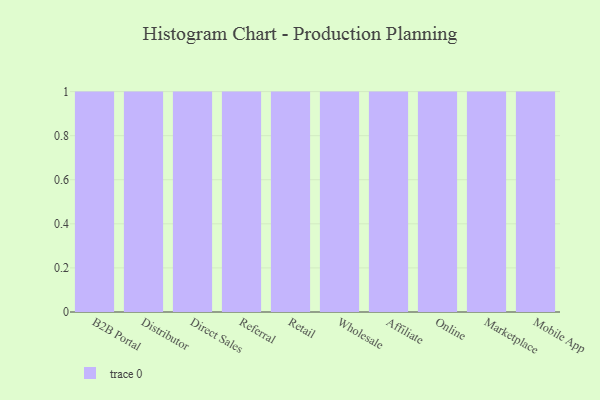
{"axis": {"x": "Channel", "y": "Active Users"}, "legend": [""], "data": [{"x": "B2B Portal", "y": 3, "type": ""}, {"x": "Distributor", "y": 3, "type": ""}, {"x": "Direct Sales", "y": 17, "type": ""}, {"x": "Referral", "y": 30, "type": ""}, {"x": "Retail", "y": 1, "type": ""}, {"x": "Wholesale", "y": 67, "type": ""}, {"x": "Affiliate", "y": 7, "type": ""}, {"x": "Online", "y": 99, "type": ""}, {"x": "Marketplace", "y": 100, "type": ""}, {"x": "Mobile App", "y": 78, "type": ""}]}